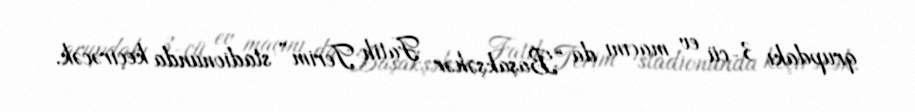
qrupdakı 3-cü ev maçını da “Başakşəhər Fatih Terim” stadionunda keçirəcək.